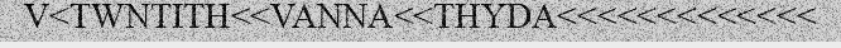
V<TWNTITH<<VANNA<<THYDA<<<<<<<<<<<<<